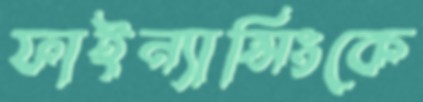
ফাইন্যান্সিংকে